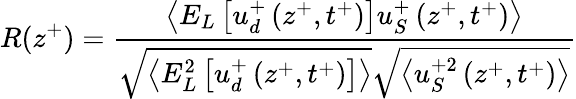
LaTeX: R(z^{+})=\frac{\left<E_{L}\left[u_{d}^{+}\left(z^{+},t^{+}\right)\right]u_{S}^{+}\left(z^{+},t^{+}\right)\right>}{\sqrt{\left<E_{L}^{2}\left[u_{d}^{+}\left(z^{+},t^{+}\right)\right]\right>}\sqrt{\left<u_{S}^{+2}\left(z^{+},t^{+}\right)\right>}}